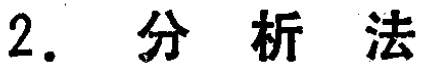
2. 分析法